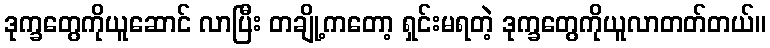
ဒုက္ခတွေကိုယူဆောင် လာပြီး တချို့ကတော့ ရှင်းမရတဲ့ ဒုက္ခတွေကိုယူလာတတ်တယ်။